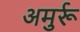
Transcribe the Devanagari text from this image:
अमुर्रू